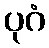
ပုဂံ